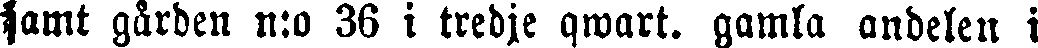
samt gården n:o 36 i tredje qwart. gamla andelen i